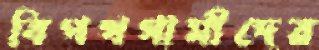
বিপথগামীদের